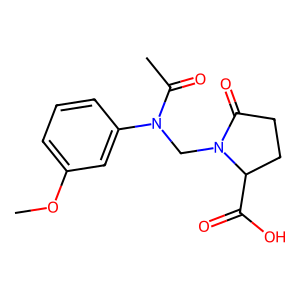
SMILES: COc1cccc(N(CN2C(=O)CCC2C(=O)O)C(C)=O)c1
Inhibits HIV replication: No